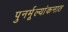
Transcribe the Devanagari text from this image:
पुनर्मूल्यांकनात